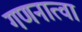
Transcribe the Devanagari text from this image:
गणनात्वा